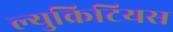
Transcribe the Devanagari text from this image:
ल्युक्रिटियस